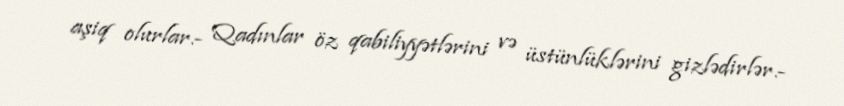
aşiq olurlar.- Qadınlar öz qabiliyyətlərini və üstünlüklərini gizlədirlər.-